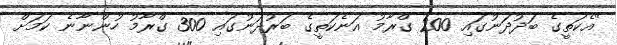
"އެކަތީގެ ބަދުދަނުގައި 200 ގްރާމު އަނެކަތީގެ ބަރުދަނުގައި 300 ގްރާމު ހުންނާނެ ކަމަށް